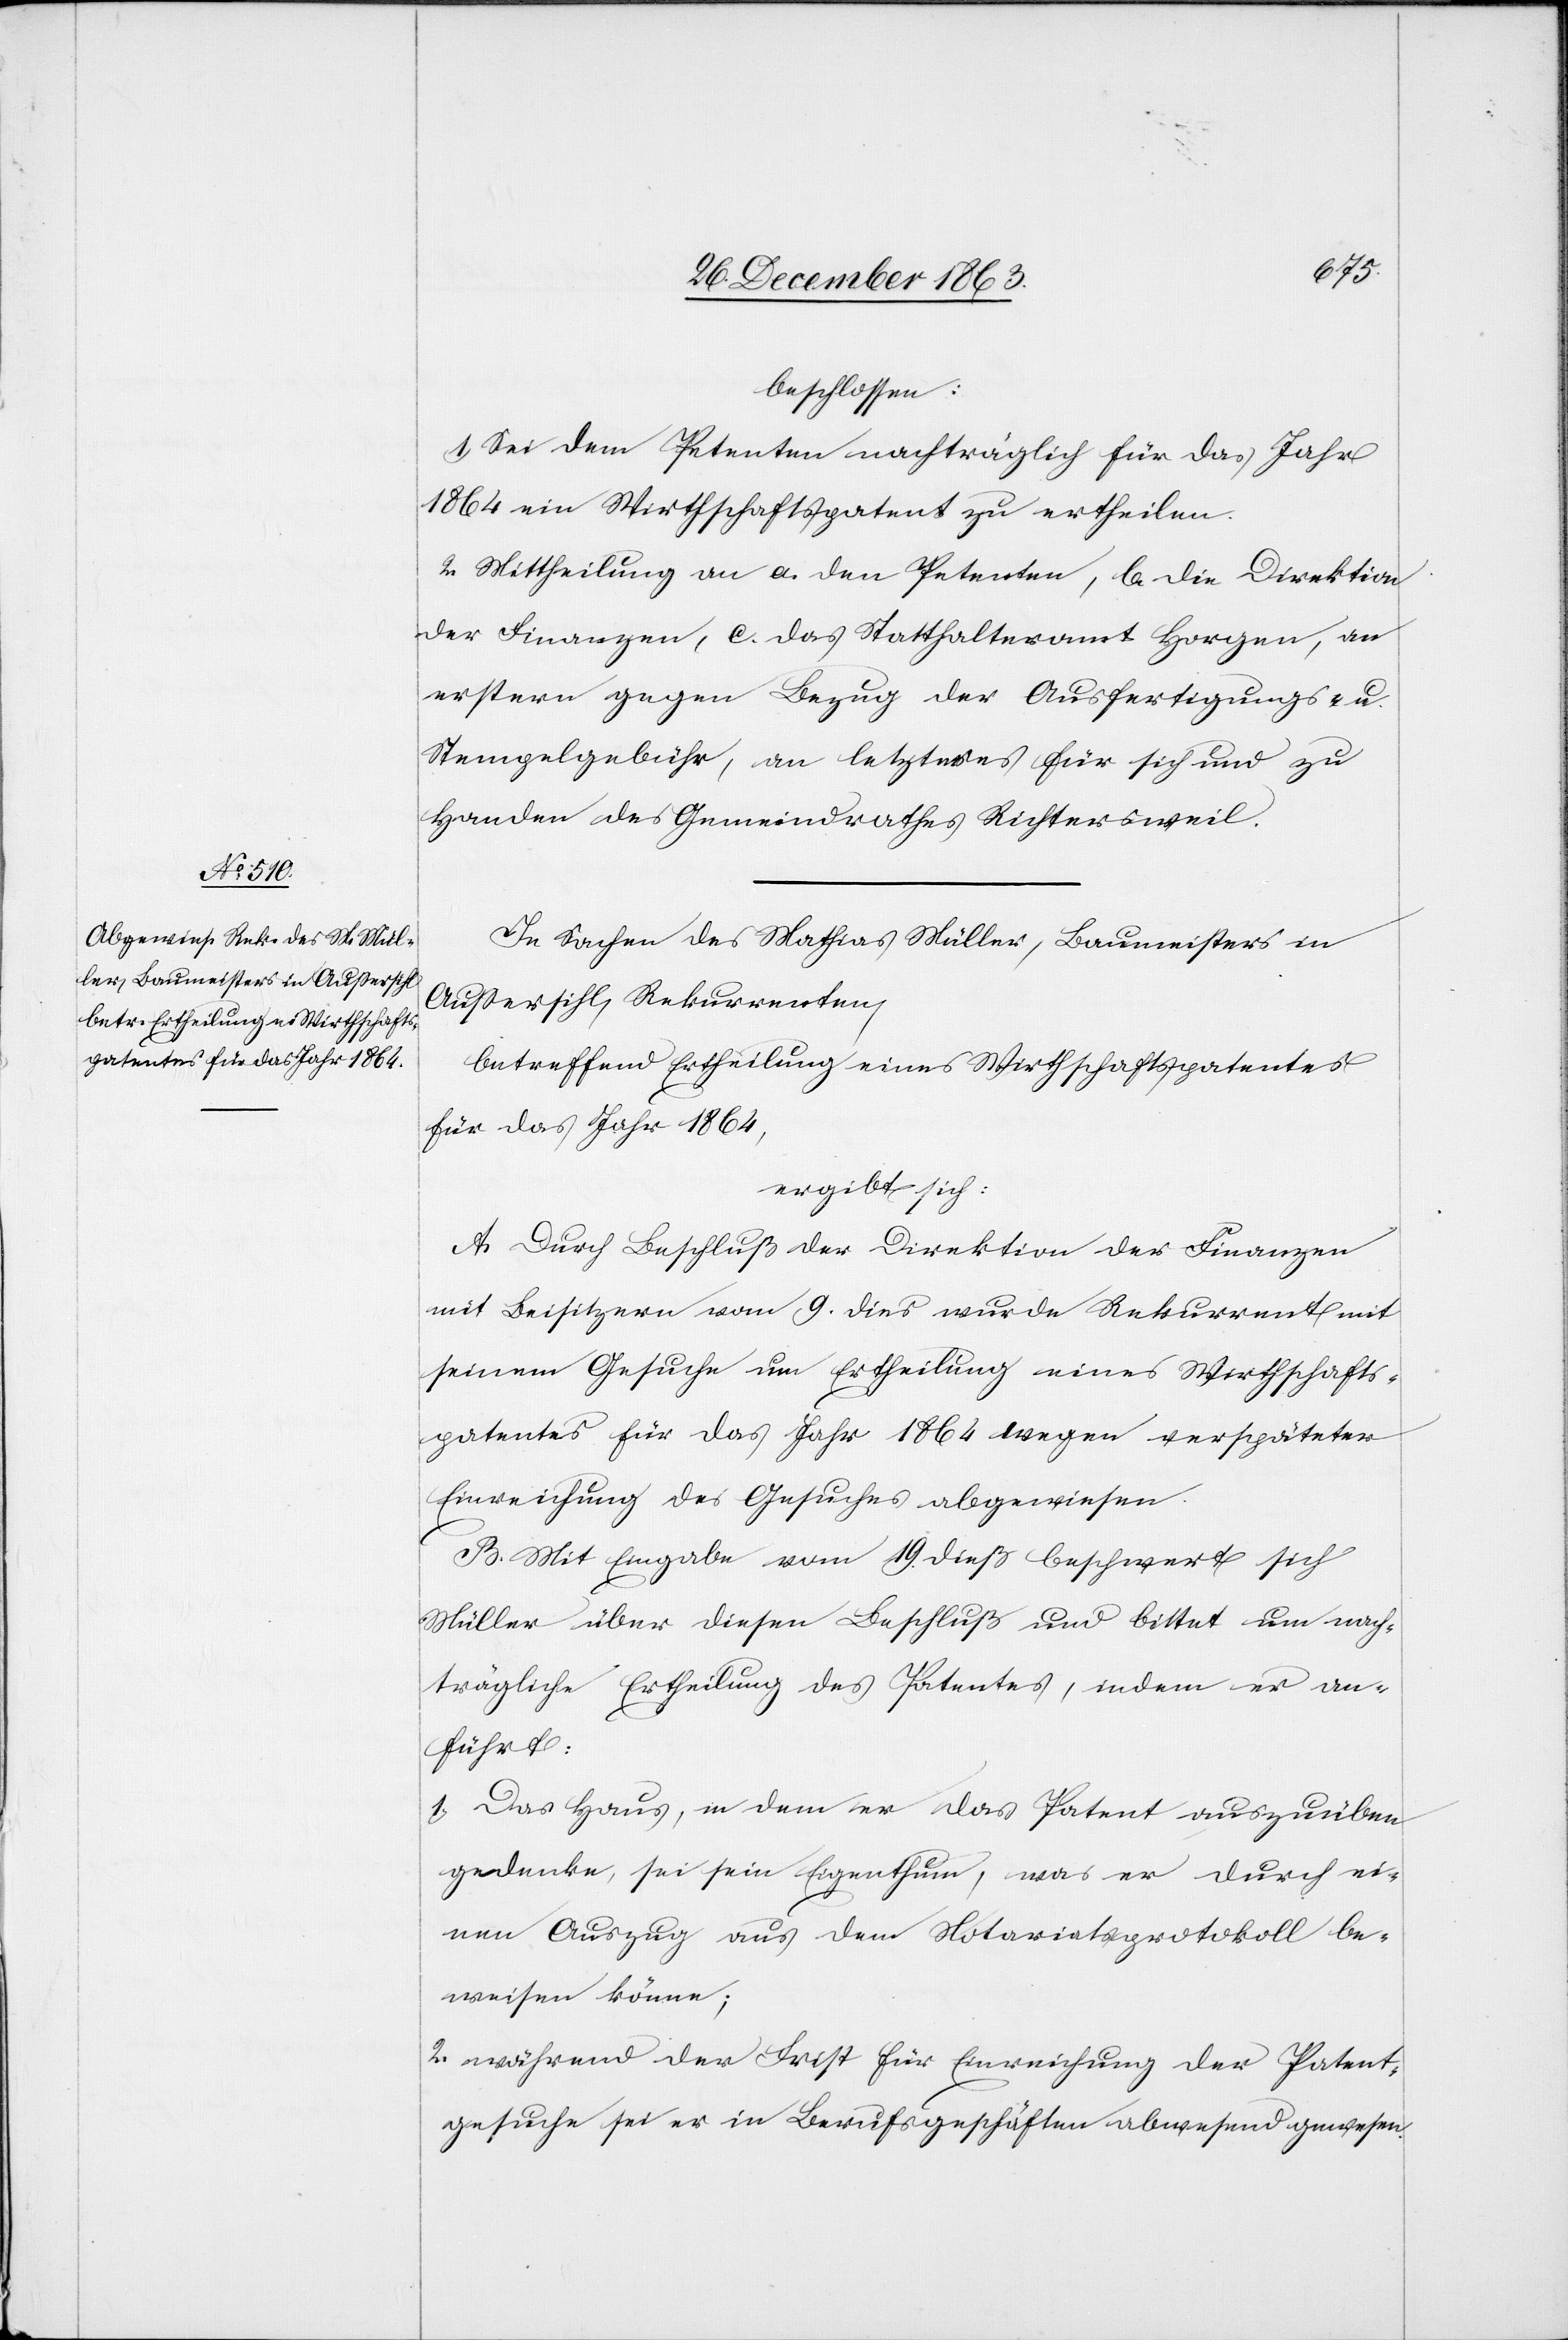
beschlossen:
1. Sei dem Petenten nachträglich für das Jahr
1864 ein Wirthschaftspatent zu ertheilen.
2. Mittheilung an a. den Petenten, b. die Direktion
der Finanzen, c. das Statthalteramt Horgen, an
erstern gegen Bezug der Ausfertigungs- u.
Stempelgebühr, an letzteres für sich und zu
Handen des Gemeindrathes Richtersweil.
In Sachen des Mathias Müller, Baumeister in
Aussersihl, Rekurrenten,
betreffend Ertheilung eines Wirthschaftspatentes
für das Jahr 1864,
ergibt sich:
A. Durch Beschluß der Direktion der Finanzen
mit Beisitzern vom 9. dies wurde Rekurrent mit
seinem Gesuche um Ertheilung eines Wirthschafts¬
patentes für das Jahr 1864 wegen verspäteter
Einreichung des Gesuches abgewiesen.
B. Mit Eingabe vom 19. dieß beschwert sich
Müller über diesen Beschluß und bittet um nach¬
trägliche Ertheilung des Patentes, indem er an¬
führt:
1. Das Haus, in dem er das Patent auszuüben
gedenke, sei sein Eigenthum, was er durch ei¬
nen Auszug aus dem Notariatsprotokoll be¬
weisen könne;
2. während der Frist für Einreichung der Patent¬
gesuche sei er in Berufsgeschäften abwesend gewesen.